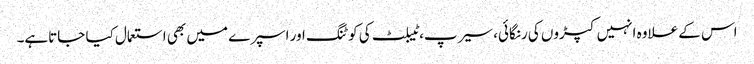
اس کے علاوہ انہیں کپڑوں کی رنگائی، سیرپ، ٹیبلٹ کی کو ٹنگ اور اسپرے میں بھی استعمال کیا جاتاہے۔